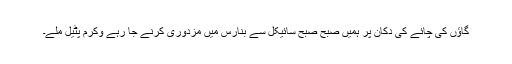
گاؤں کی چائے کی دکان پر ہمیں صبح صبح سائیکل سے بنارس میں مزدوری کرنے جا رہے وکرم پٹیل ملے۔